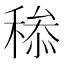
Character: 𥠩